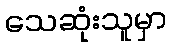
သေဆုံးသူမှာ